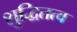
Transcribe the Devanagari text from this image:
शुद्धितत्व